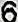
6